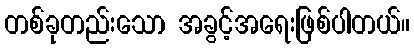
တစ်ခုတည်းသော အခွင့်အရေးဖြစ်ပါတယ်။